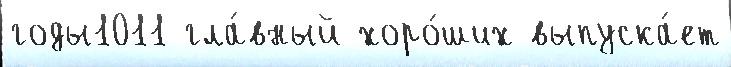
годы1011 гла́вный хоро́ших выпуска́ет